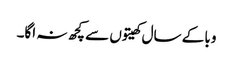
وبا کے سال کھیتوں سے کچھ نہ اگا۔